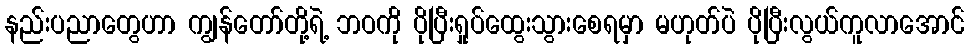
နည်းပညာတွေဟာ ကျွန်တော်တို့ရဲ့ ဘဝကို ပိုပြီးရှုပ်ထွေးသွားစေရမှာ မဟုတ်ပဲ ပိုပြီးလွယ်ကူလာအောင်